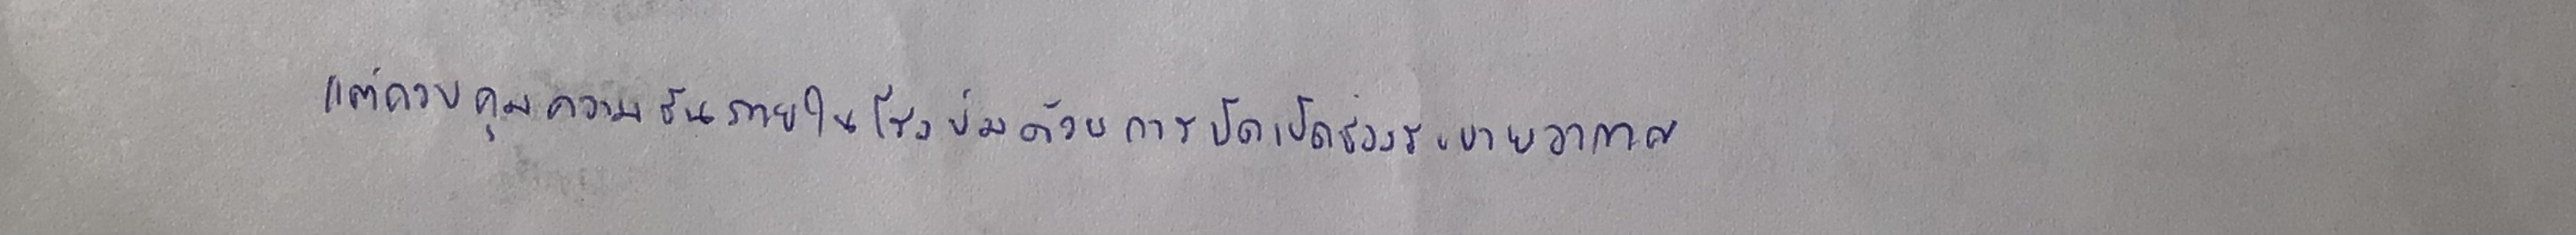
แต่ควบคุมความชื้นภายในโรงบ่มด้วยการปิดเปิดช่องระบายอากาศ